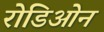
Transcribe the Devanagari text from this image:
रोडिओन